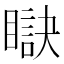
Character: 𥊜